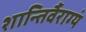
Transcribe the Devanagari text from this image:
शान्तिर्वैराग्यं